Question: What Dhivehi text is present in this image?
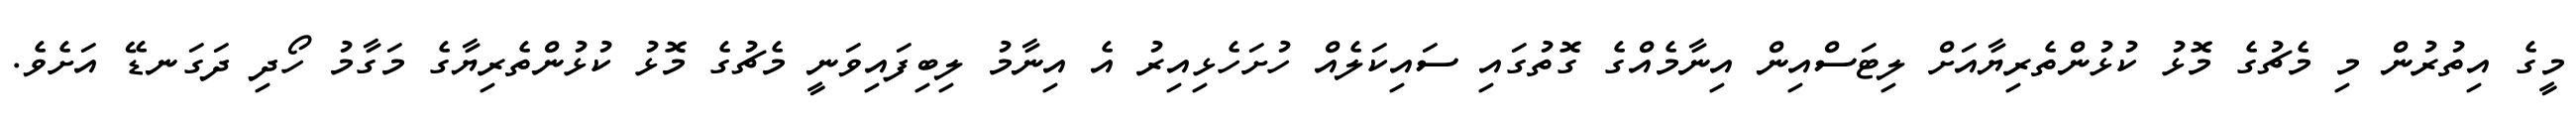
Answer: މީގެ އިތުރުން މި މެޗުގެ މޮޅު ކުޅުންތެރިޔާއަށް ލިޓަސްއިން އިނާމެއްގެ ގޮތުގައި ސައިކަލެއް ހުށަހެޅިއިރު އެ އިނާމު ލިބިފައިވަނީ މެޗުގެ މޮޅު ކުޅުންތެރިޔާގެ މަގާމު ހޯދި ދަގަނޑޭ އަށެވެ.